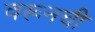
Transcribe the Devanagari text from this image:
वरूनची